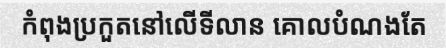
កំពុងប្រកួតនៅលើទីលាន គោលបំណងតែ